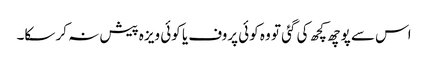
اس سے پوچھ کچھ کی گئی تو وہ کوئی پروف یا کوئی ویزہ پیش نہ کر سکا۔